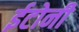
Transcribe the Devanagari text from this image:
ईटोनी